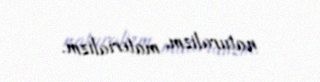
naturalizm, materializm.